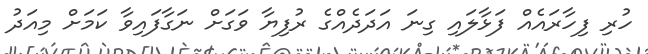
ހުރި ފިހާރައެއް ފަޅާލައި ގިނަ އަދަދެއްގެ ރުފިޔާ ވަގަށް ނަގާފައިވާ ކަމަށް މިއަދު